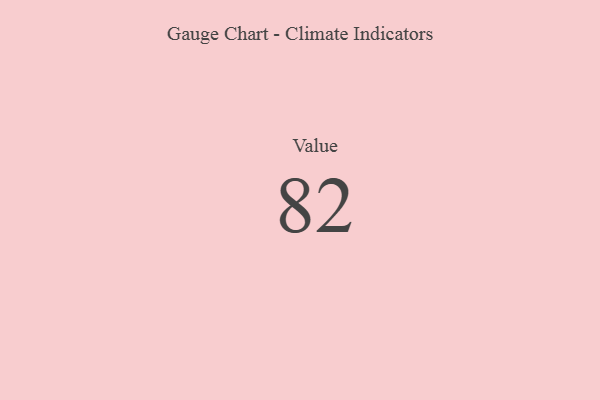
{"axis": {"x": "Metric", "y": "Value"}, "legend": [""], "data": [{"x": "Value", "y": 82, "type": ""}]}